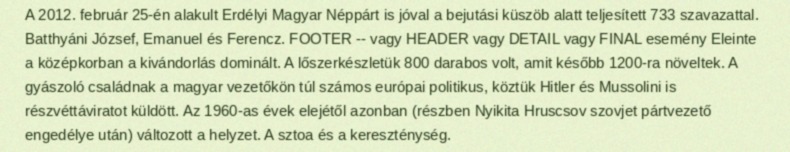
A 2012. február 25-én alakult Erdélyi Magyar Néppárt is jóval a bejutási küszöb alatt teljesített 733 szavazattal. Batthyáni József, Emanuel és Ferencz. FOOTER -- vagy HEADER vagy DETAIL vagy FINAL esemény Eleinte a középkorban a kivándorlás dominált. A lőszerkészletük 800 darabos volt, amit később 1200-ra növeltek. A gyászoló családnak a magyar vezetőkön túl számos európai politikus, köztük Hitler és Mussolini is részvéttáviratot küldött. Az 1960-as évek elejétől azonban (részben Nyikita Hruscsov szovjet pártvezető engedélye után) változott a helyzet. A sztoa és a kereszténység.